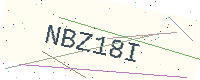
Text: NBZ18I